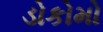
ડોકોમો